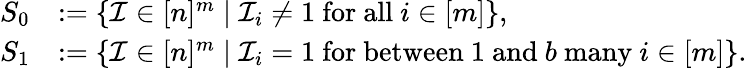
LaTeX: \begin{array}{rl}{S_{0}}&{:=\{ \mathcal{I}\in[n]^{m}\mid\mathcal{I}_{i}\neq 1\mathrm{~for~all~}i\in[m]\} ,}\\ {S_{1}}&{:=\{ \mathcal{I}\in[n]^{m}\mid\mathcal{I}_{i}=1\mathrm{~for~between~1~and~}b\mathrm{~many~}i\in[m]\} .}\end{array}